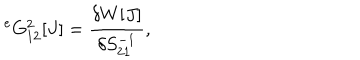
{ } ^ { e } G _ { 1 2 } ^ { 2 } [ J ] = \frac { \delta W [ J ] } { \delta S _ { 2 1 } ^ { - 1 } } ,